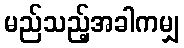
မည်သည့်အခါကမျှ